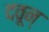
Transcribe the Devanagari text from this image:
दवून्